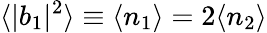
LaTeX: \langle|b_{1}|^{2}\rangle\equiv\langle n_{1}\rangle=2\langle n_{2}\rangle